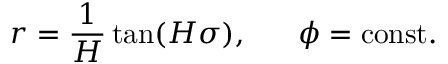
r = \frac { 1 } { H } \tan ( H \sigma ) , \; \; \; \; \; \; \phi = \mathrm { c o n s t . }